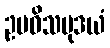
ဥပဓိသမုဒယံ